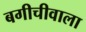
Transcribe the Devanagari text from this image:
बगीचीवाला